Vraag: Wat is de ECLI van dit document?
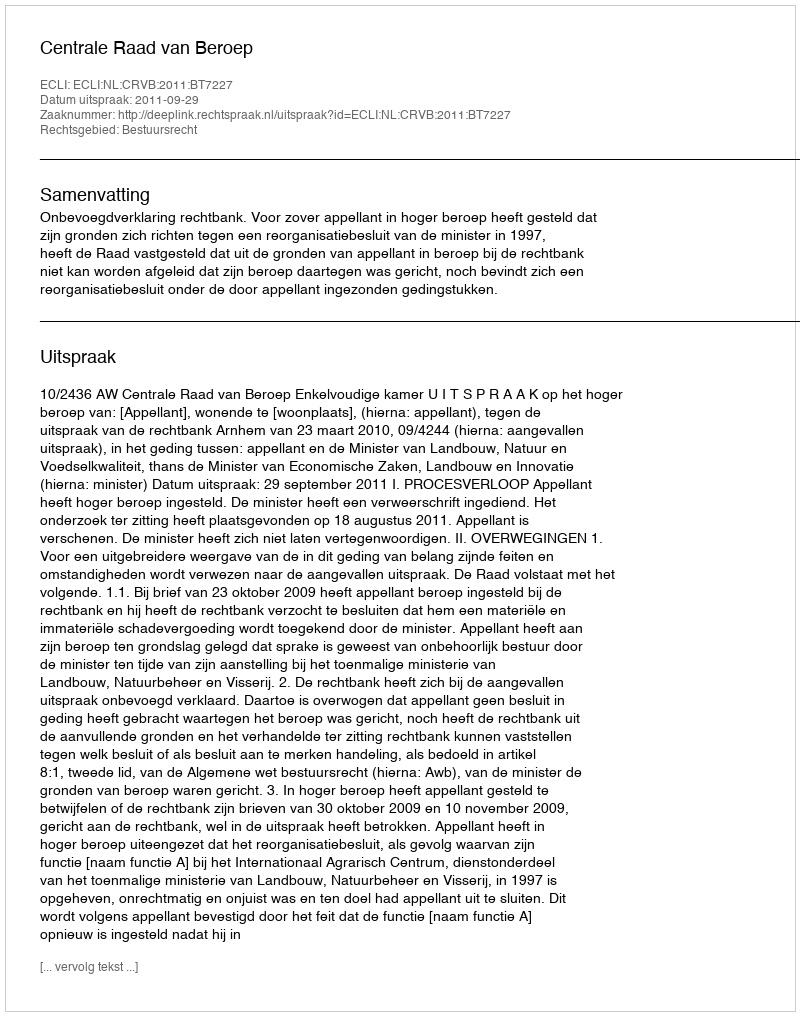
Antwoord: ECLI:NL:CRVB:2011:BT7227